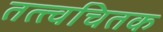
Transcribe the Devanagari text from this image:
तत्त्वचितक